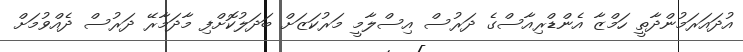
އުދައަރަމުންދާތީ ހަމްޒާ އެންޑްރިއާސްގެ ދަރުސް އިސްލާމީ މަރުކަޒަށް ބަދަލުކޮށްފި މާދަމާރޭ ދަރުސް ދެއްވުމަށް